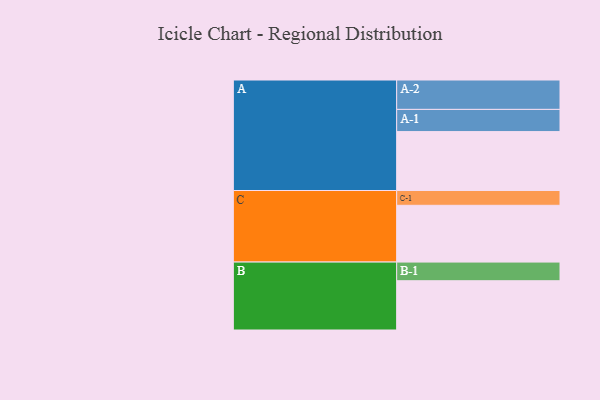
{"axis": {"x": "Segment", "y": "Value"}, "legend": ["", "A", "B", "C"], "data": [{"x": "A", "y": 581, "type": ""}, {"x": "B", "y": 486, "type": ""}, {"x": "C", "y": 560, "type": ""}, {"x": "A-1", "y": 219, "type": "A"}, {"x": "A-2", "y": 290, "type": "A"}, {"x": "B-1", "y": 184, "type": "B"}, {"x": "C-1", "y": 146, "type": "C"}]}